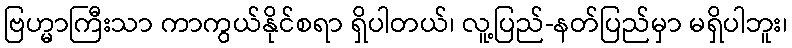
ဗြဟ္မာကြီးသာ ကာကွယ်နိုင်စရာ ရှိပါတယ်၊ လူ့ပြည်-နတ်ပြည်မှာ မရှိပါဘူး၊